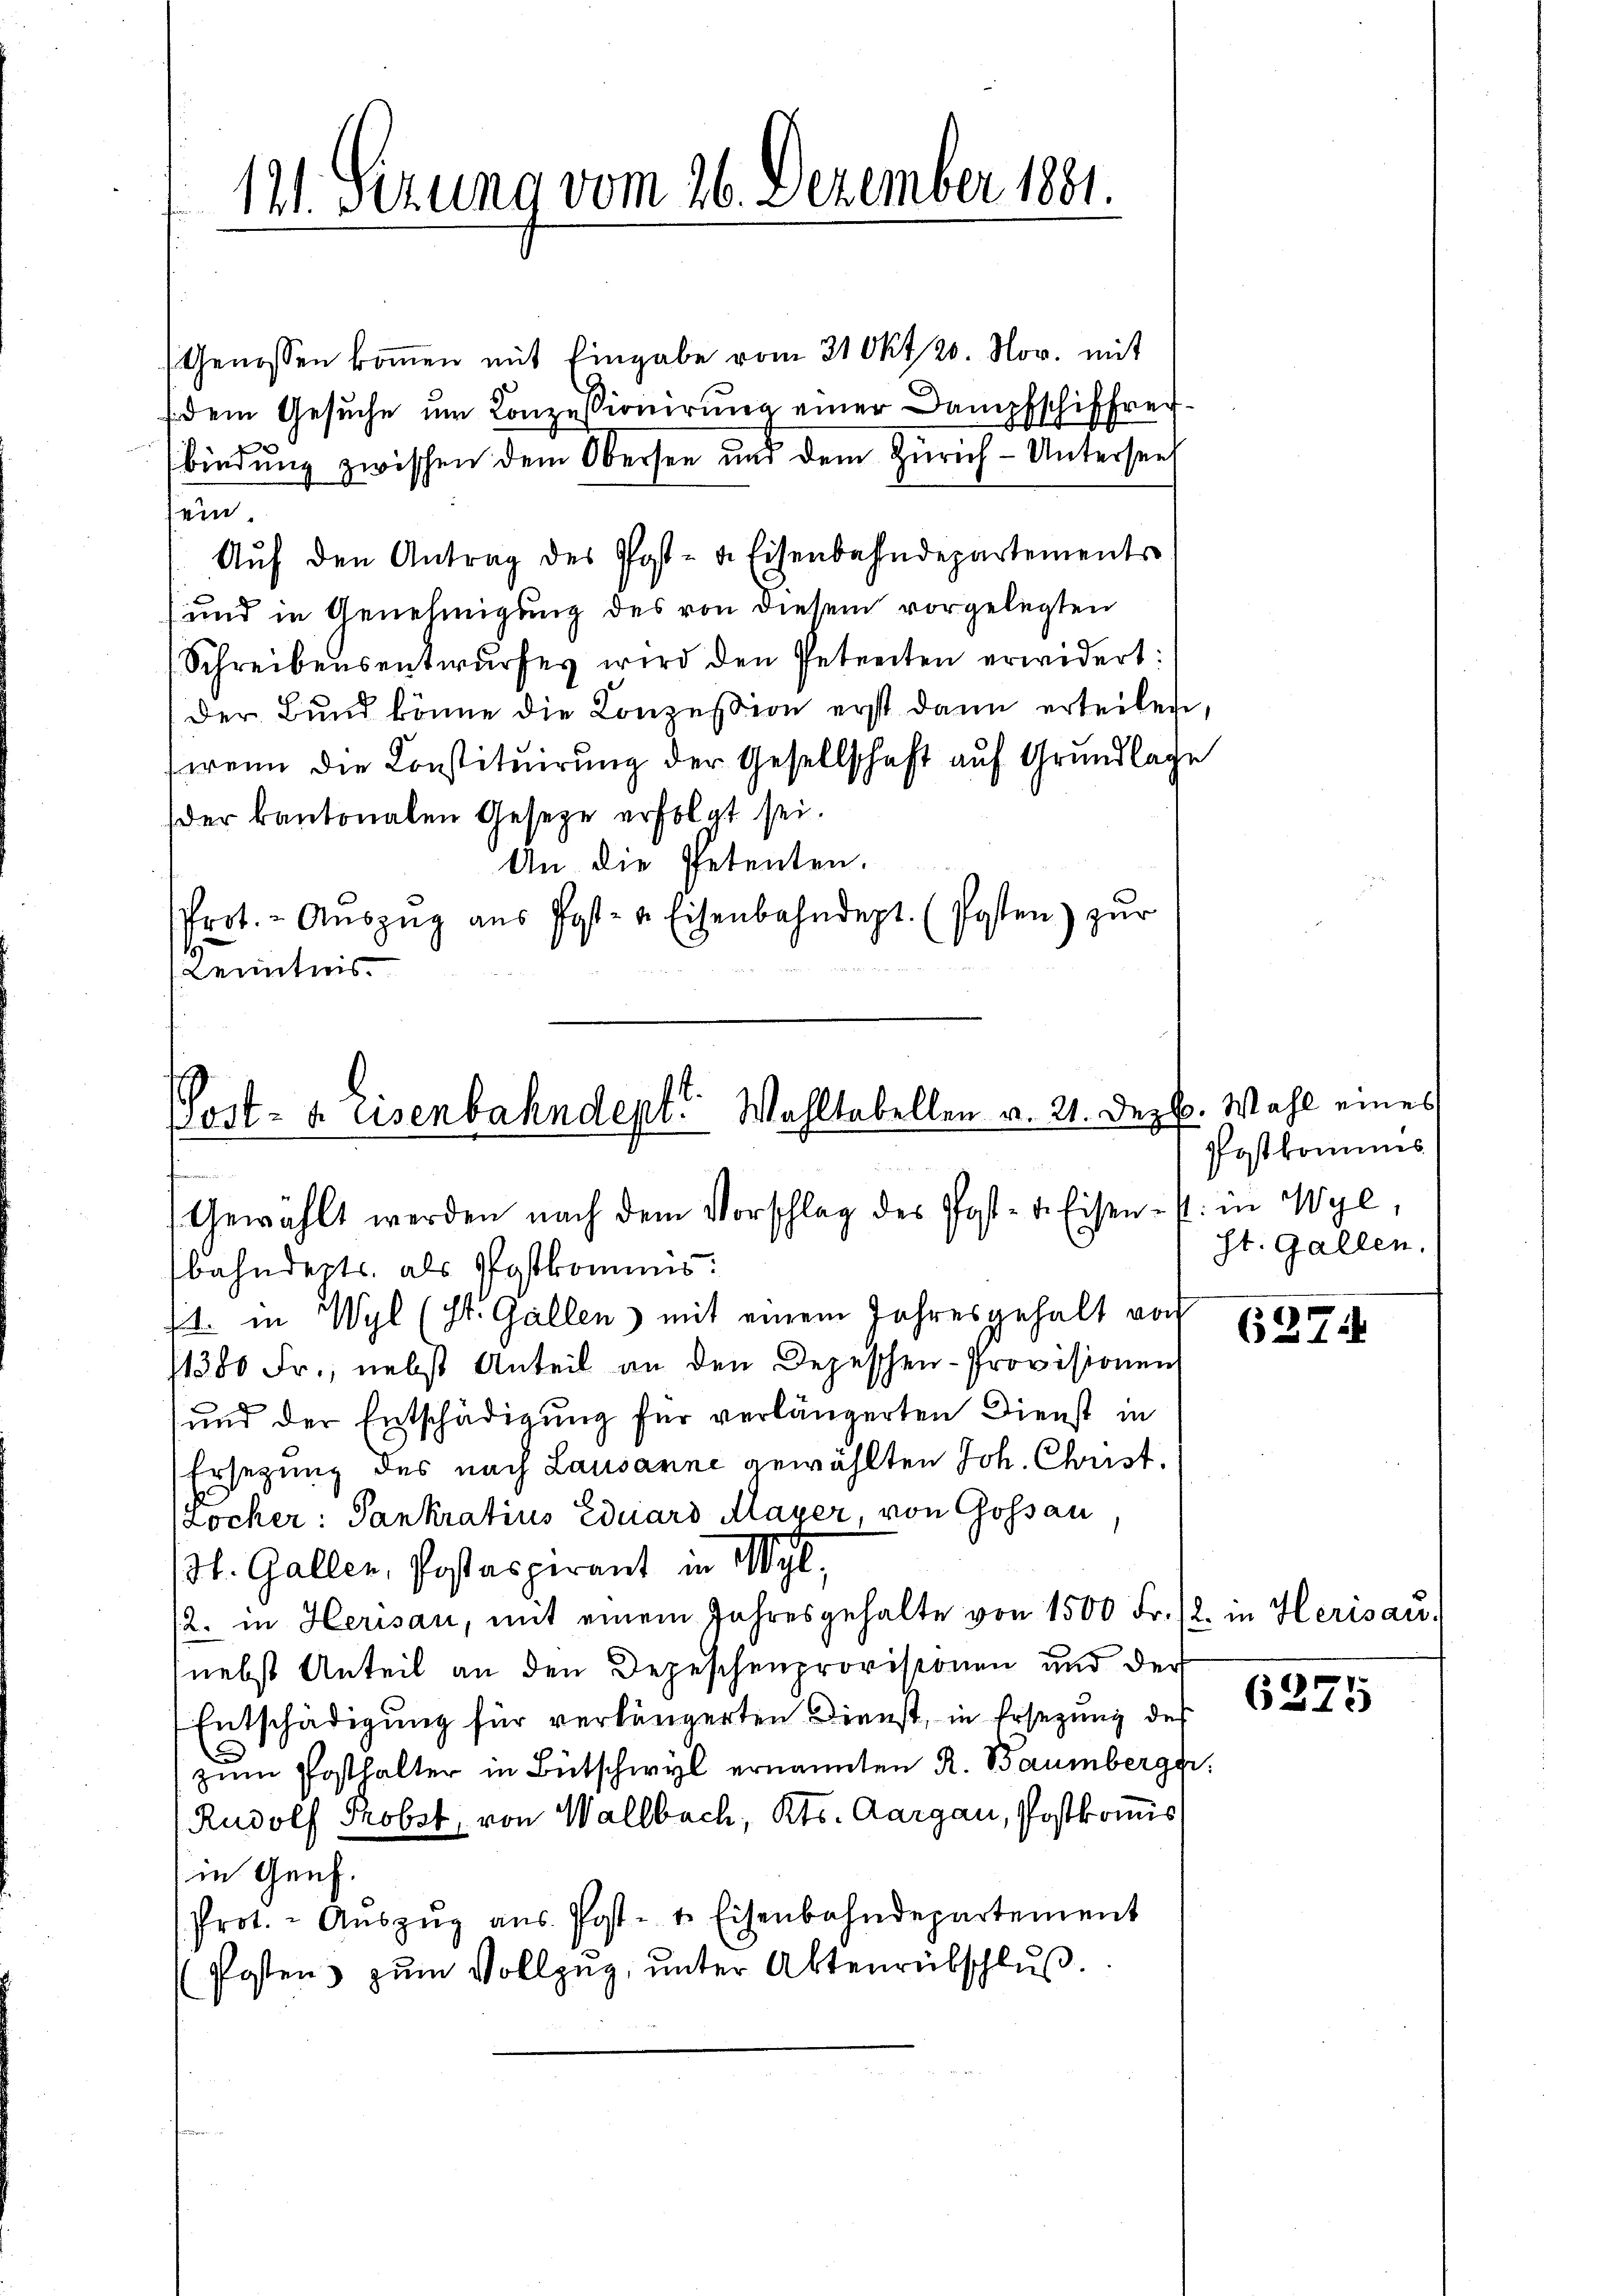
131. Sezung vom 26. Dezember 1881.

(Genossen koṁen mit Eingabe vom 31 Okt 20. Nov. mit
dem Gesuche um Conzessionirung einer Dampfschiffer
bindung zwischen dem Obersee und dem Zürich-Unterseel
ein.
Aŭf den Antrag des Post- & Eisenbahndepartements
und in Genehmigung des von diesem vorgelegten
Schreibensentwŭrfes wird den Petreiten erwidert:
Der Bund könne die Konzession erst dann erteilen,
(wenn die Constituirung der Gesellschaft auf Grundlage
der kantonalen Gesetze erfolgt sei.
An die Petenten.
Prot. - Aŭszŭg aŭs Post- u. Eisenbahndept. (Posten) zŭr
Kenntnis.

Post- u. Eisenbahndept. Wohltabellen v. 21. Dezb. Wahl eines
Gewählt werden nach dem Vorschlag des Post- u. Eisen s. in Wyl,

bahnderts, als Postkommnis:
4t. in Wyl (St. Gallen) mit einem Jahresgehalt vor
1380 Fr., nebst Anteil an den Depeschen-Provisionen
und der Entschädigung für verlängerten Dienst in
Ersetzung des nach Lausanne gewählten Joh. Christ¬
Locher: Pankratius Eduard Alayer, von Gossau
St. Gallen, Postaspirant in Wyl,
/2. in Herisau, mit einem Jahresgehalte von 1500 Fr. 12. in Herisau.
nebst Anteil an den Depeschenprovisionen und der
Entschädigung für verlängerten Dienst, in Ersezung des
u
zŭm Posthalter in Bütschwyl ernannten R. Baumberger.
Rudolf Probst, von Wallbach, Kts. Aargau, Postkomis
in Genf.
Prot. - Aŭszŭg aŭs Post- u. Eisenbahndepartement
(Postens zum Vollzug, unter Aktenrütschluß

Postkommis
st. Gallen.

6274

6375